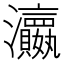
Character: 𱪛